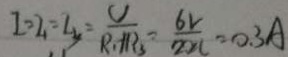
I = I _ { 1 } = I _ { 3 } = \frac { V } { R _ { 1 } + R _ { 3 } } = \frac { 6 V } { 2 0 \Omega } = 0 . 3 A